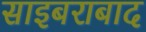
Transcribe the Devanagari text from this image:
साइबराबाद